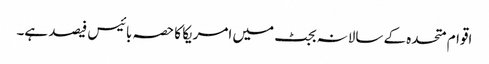
اقوام متحدہ کے سالانہ بجٹ میں امریکا کا حصہ بائیس فیصد ہے۔